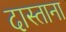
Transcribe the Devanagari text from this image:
दास्ताना